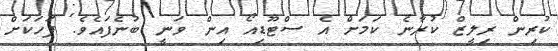
ކުރިން ރިލީޒް ކުރާނެ ކަމަށް އެ ސްޓޫޑިއޯ އިން ވަނީ ބުނެފައެވެ. ފަހަކަށް